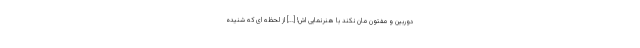
دوربین و مفتون مان نکند با هنرنمایی اش! [...] از لحظه ای که شنیده